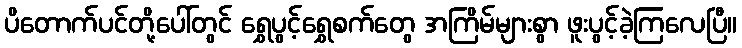
ပိတောက်ပင်တို့ပေါ်တွင် ရွှေပွင့်ရွှေစက်တွေ အကြိမ်များစွာ ဖူးပွင့်ခဲ့ကြလေပြီ။